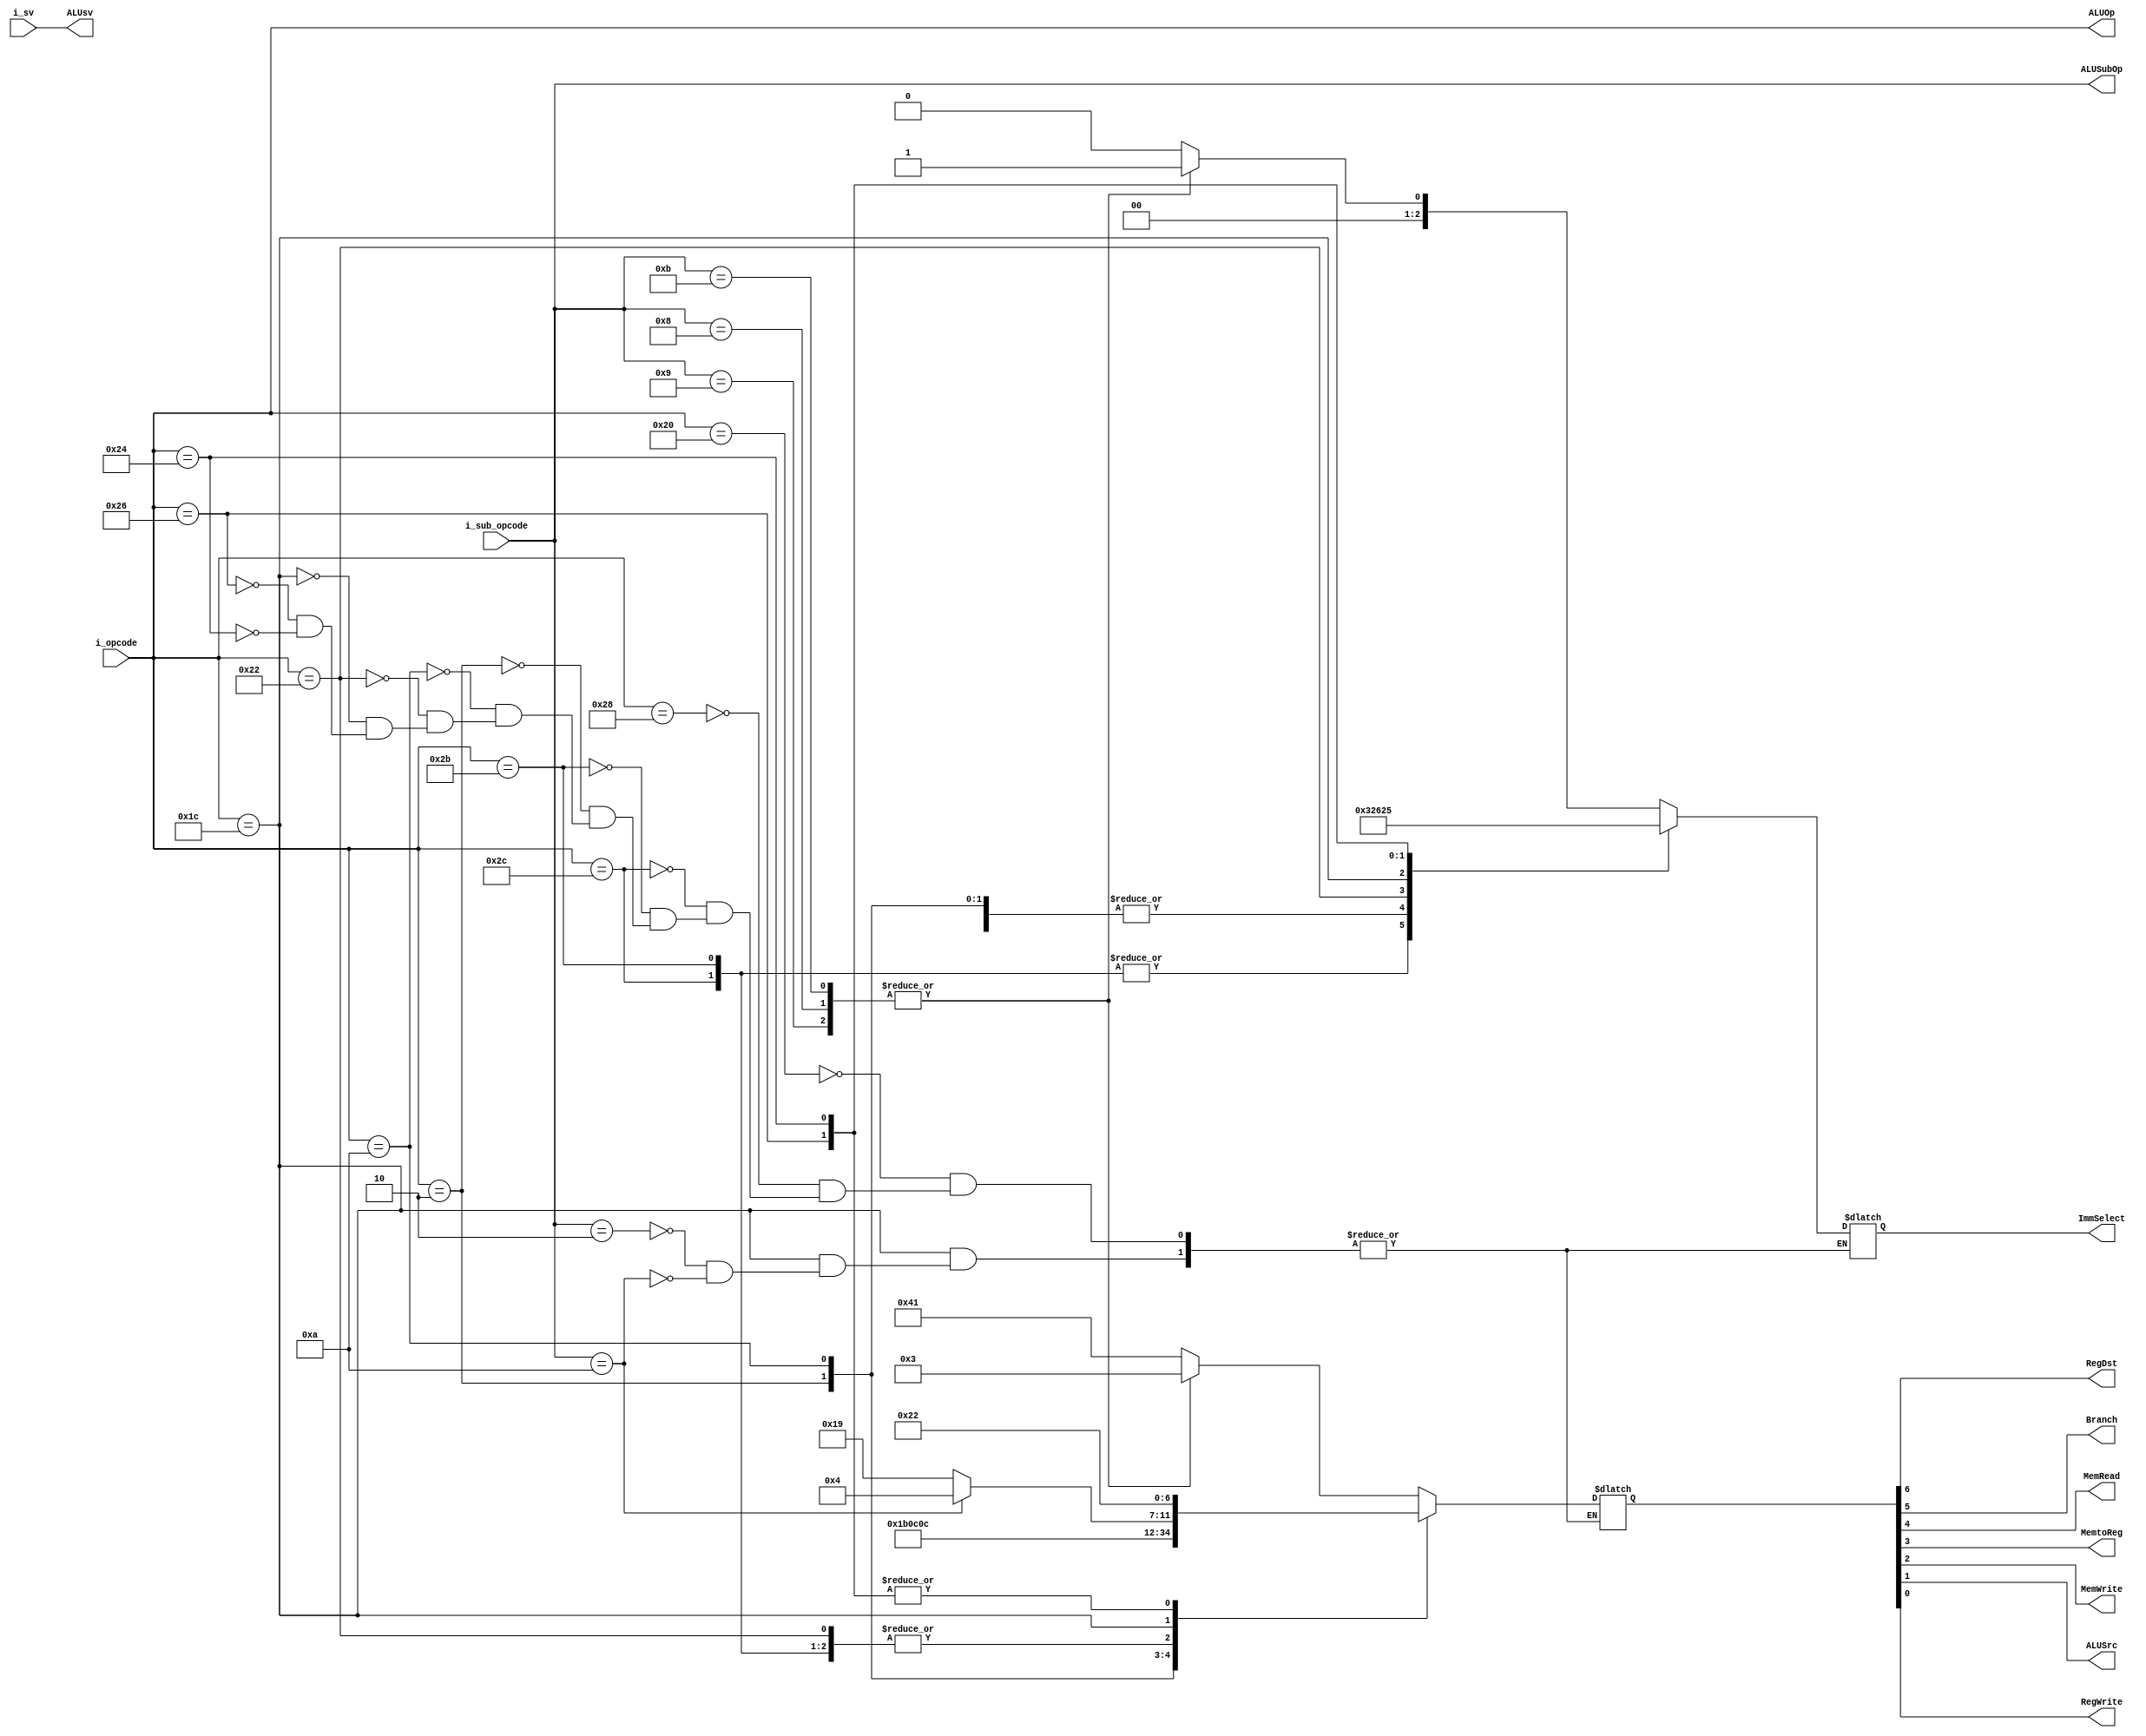
module Control(ImmSelect, ALUOp, ALUSubOp, ALUsv, RegDst, Branch, MemRead, MemtoReg, MemWrite, ALUSrc, RegWrite, i_opcode, i_sub_opcode, i_sv);
   
  input [5:0]i_opcode;
  input [4:0]i_sub_opcode;
  input [1:0]i_sv;

  output [2:0]ImmSelect;
  output [5:0]ALUOp;
  output [4:0]ALUSubOp;
  output [1:0]ALUsv;
  output RegDst;    // Rb = scr2
  output Branch;    //
  output MemRead;   // read Mem 
  output MemtoReg;  // from Mem to Rt
  output MemWrite;  // write to Mem
  output ALUSrc;    // from ALU
  output RegWrite;  // write to Reg 

  // internal
  reg [6:0]out;
  reg [2:0]ImmSelect;
  
  assign ALUOp = i_opcode;
  assign ALUSubOp = i_sub_opcode;
  assign ALUsv = i_sv;
  assign RegDst = out[6];
  assign Branch = out[5];
  assign MemRead = out[4];
  assign MemtoReg = out[3];
  assign MemWrite = out[2];
  assign ALUSrc = out[1];
  assign RegWrite = out[0];
  
  // {RegDst, Branch, MemRead, MemtoReg, MemWrite, ALUSrc, RegWrite}
  always @ (i_opcode or i_sub_opcode) begin
    case (i_opcode)
      6'b100000:    
        case (i_sub_opcode)
          5'b01001: begin// SRLI, FIXME: NOP
            ImmSelect = 3'b001; // imm5
            out = 7'b0000011;
          end
          5'b01000: begin// SLLI
            ImmSelect = 3'b001; // imm5
            out = 7'b0000011;
          end
          5'b01011: begin// ROTRI
            ImmSelect = 3'b001; // imm5
            out = 7'b0000011;
          end
          default: begin // ADD/SUB/AND/OR/XOR
            ImmSelect = 3'b000; // imm0
            out = 7'b1000001;
          end
        endcase
      6'b101000: begin   // ADDI
        ImmSelect = 3'b010; // imm15
        out = 7'b0000011;
        end
      6'b101100: begin   // ORI
        ImmSelect = 3'b110; // imm15ZE
        out = 7'b0000011;
        end
      6'b101011: begin   // XORI
        ImmSelect = 3'b110; // imm15ZE
        out = 7'b0000011;
        end
      6'b000010: begin   // LWI
        ImmSelect = 3'b010; // imm15
        out = 7'b0011011;
        end
      6'b001010: begin   // SWI
        ImmSelect = 3'b010; // imm15
        out = 7'b0000110;
        end
      6'b100010: begin   // MOVI
        ImmSelect = 3'b011; // imm20
        out = 7'b0000011;
        end
      6'b011100:
        case (i_sub_opcode)
          5'b00010: begin // LW
            ImmSelect = 3'b000; // imm0
            out = 7'b0011001;
            end
          5'b01010: begin // SW
            ImmSelect = 3'b000; // imm0
            out = 7'b0000100;
            end
        endcase
      6'b100110: begin   // BEQ
        ImmSelect = 3'b100; // imm14
        out = 7'b0100010;
        end
      6'b100100: begin   // J
        ImmSelect = 3'b101; // imm24
        out = 7'b0100010;
        end
    endcase
  end
endmodule